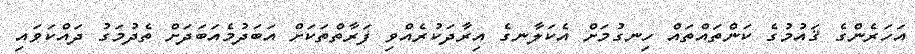
އަހަރެންގެ ޤައުމުގެ ކަންތައްތައް ހިނގުމަށް އެކަލާނގެ އިރާދަކުރެއްވި ފަރާތްތަކަށް އަބަދުމެއަބަދަށް ތެދުމަގު ދައްކަވައި